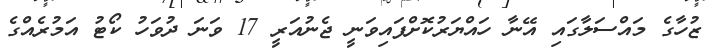
ޒުހާގެ މައްސަލާގައި އޭނާ ހައްޔަރުކޮށްފައިވަނީ ޖެނުއަރީ 17 ވަނަ ދުވަހު ކޯޓު އަމުރެއްގެ